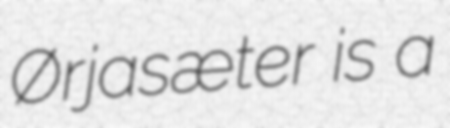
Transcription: Ørjasæter is a